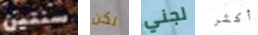
سنتين لكن لجني أكثر